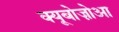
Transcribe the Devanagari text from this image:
क्यूबोज़ोआ